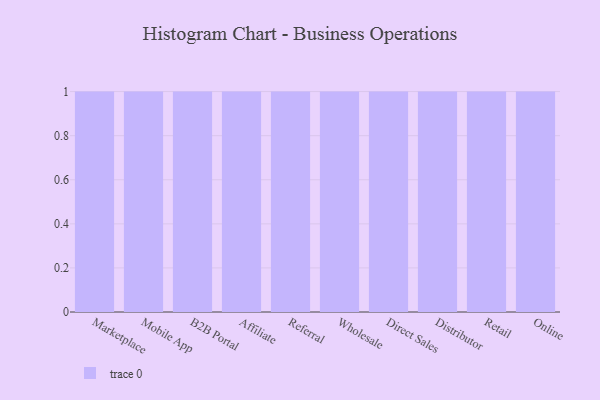
{"axis": {"x": "Channel", "y": "Headcount"}, "legend": [""], "data": [{"x": "Marketplace", "y": 3, "type": ""}, {"x": "Mobile App", "y": 97, "type": ""}, {"x": "B2B Portal", "y": 1, "type": ""}, {"x": "Affiliate", "y": 39, "type": ""}, {"x": "Referral", "y": 51, "type": ""}, {"x": "Wholesale", "y": 69, "type": ""}, {"x": "Direct Sales", "y": 100, "type": ""}, {"x": "Distributor", "y": 64, "type": ""}, {"x": "Retail", "y": 4, "type": ""}, {"x": "Online", "y": 74, "type": ""}]}